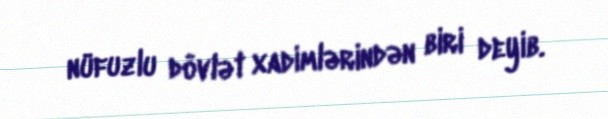
nüfuzlu dövlət xadimlərindən biri deyib.